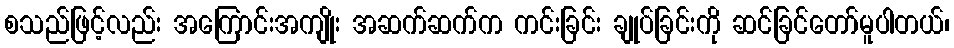
စသည်ဖြင့်လည်း အကြောင်းအကျိုး အဆက်ဆက်က ကင်းခြင်း ချုပ်ခြင်းကို ဆင်ခြင်တော်မူပါတယ်၊